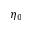
\eta _ { 0 }